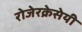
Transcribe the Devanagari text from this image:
रोजेरक्रेसेयी